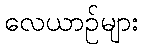
လေယာဉ်များ